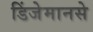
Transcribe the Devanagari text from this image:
डिंजेमानसे